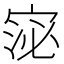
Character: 𭓻